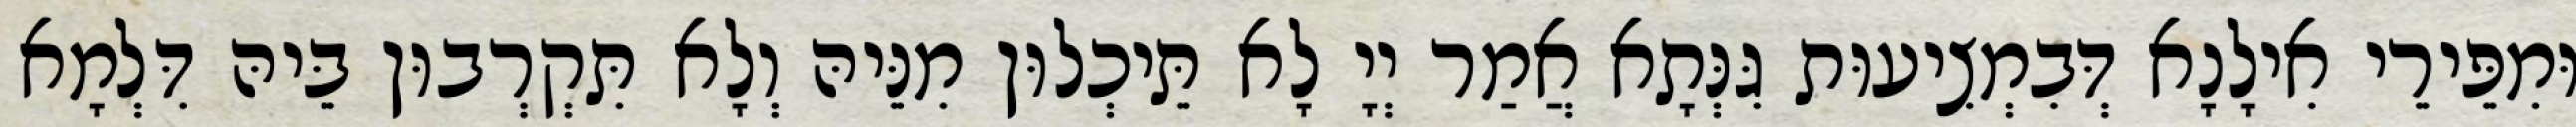
וּמִפֵּירֵי אִילָנָא דְּבִמְצִיעוּת גִּנְּתָא אֲמַר יְיָ לָא תֵּיכְלוּן מִנֵּיהּ וְלָא תִּקְרְבוּן בֵּיהּ דִּלְמָא